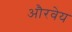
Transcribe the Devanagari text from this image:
औरवेय